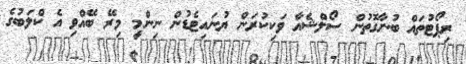
ރިޕޯޓުތައް ބުނާގޮތުން ސޯލްޝެއާ ވަކިކުރަން ޔުނައިޓެޑުން ނިންމީ މިރޭ ބޭއްވި އެ ކްލަބުގެ